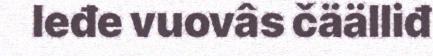
leđe vuovâs čäälliđ